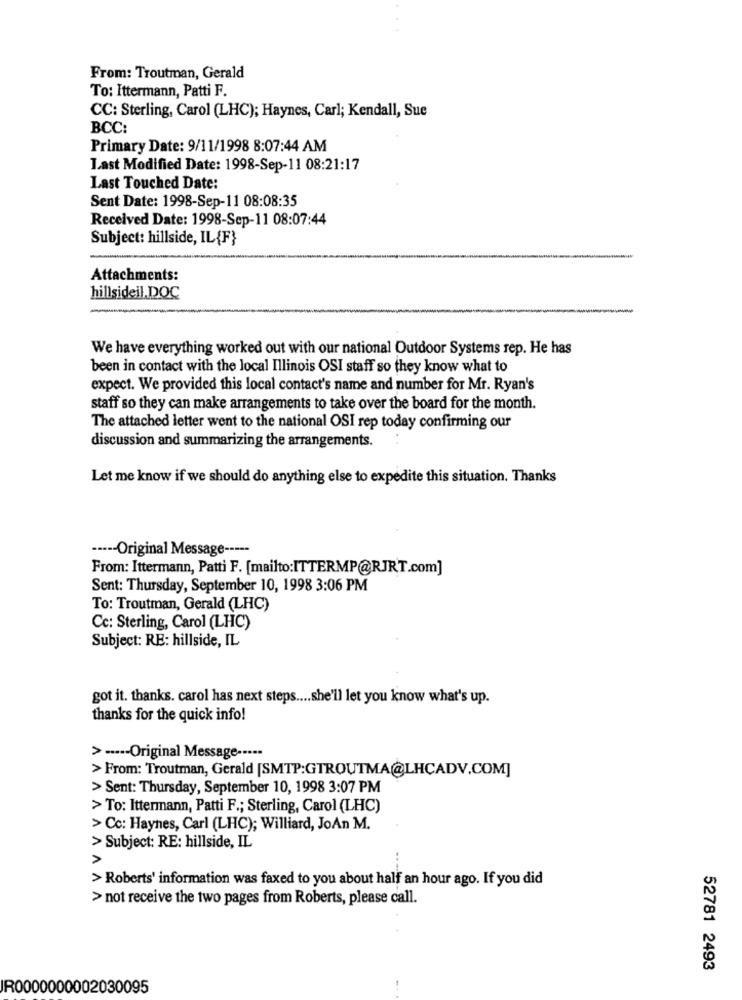
From: Troutman, Gerald
To: Ittermann, Patti F.
CC: Sterling, Carol (LHC); Haynes, Carl; Kendall, Sue
BCC:
Primary Date: 9/11/1998 8:07:44 AM
Last Modified Date: 1998-Sep-11 08:21:17
Last Touched Date:
Sent Date: 1998-Sep-11 08:08:35
Received Date: 1998-Sep-11 08:07:44
Subject: hillside, IL{F}
Attachments:
hillsideil.DOC
We have everything worked out with our national Outdoor Systems rep. He has
been in contact with the local Illinois OSI staff so they know what to
expect. We provided this local contact's name and number for Mr. Ryan's
staff so they can make arrangements to take over the board for the month.
The attached letter went to the national OSI rep today confirming our
discussion and summarizing the arrangements.
Let me know if we should do anything else to expedite this situation. Thanks
----- Original Message -----
From: Ittermann, Patti F. [mailto:ITTERMP@RJRT.com]
Sent: Thursday, September 10, 1998 3:06 PM
To: Troutman, Gerald (LHC)
Cc: Sterling, Carol (LHC)
Subject: RE: hillside, IL
got it. thanks. carol has next steps .... she'll let you know what's up.
thanks for the quick info!
> ····- Original Message -----
> From: Troutman, Gerald [SMTP:GTROUTMA@LHCADV.COM]
> Sent: Thursday, September 10, 1998 3:07 PM
> To: Ittermann, Patti F .; Sterling, Carol (LHC)
> Co: Haynes, Carl (LHC); Williard, JoAn M.
> Subject: RE: hillside, IL
>
> Roberts' information was faxed to you about half an hour ago. If you did
> not receive the two pages from Roberts, please call.
52781 2493
IR0000000002030095